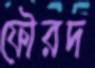
ফৌরদ